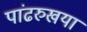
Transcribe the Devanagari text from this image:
पांढरुखया